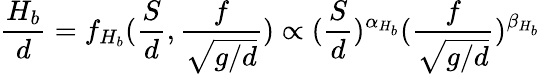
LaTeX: \frac{H_{b}}{d}=f_{H_{b}}(\frac{S}{d},\frac{f}{\sqrt{g/d}})\propto(\frac{S}{d})^{\alpha_{H_{b}}}(\frac{f}{\sqrt{g/d}})^{\beta_{H_{b}}}